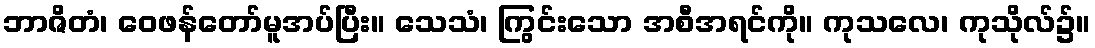
ဘာဇိတံ၊ ဝေဖန်တော်မူအပ်ပြီး။ သေသံ၊ ကြွင်းသော အစီအရင်ကို။ ကုသလေ၊ ကုသိုလ်၌။